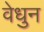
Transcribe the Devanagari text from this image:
वेधुन